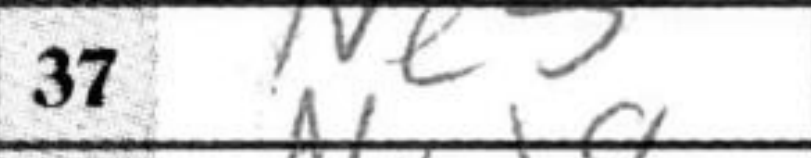
Transcription: Ne5